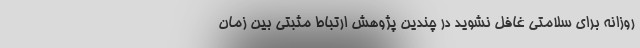
روزانه برای سلامتی غافل نشوید در چندین پژوهش ارتباط مثبتی بین زمان